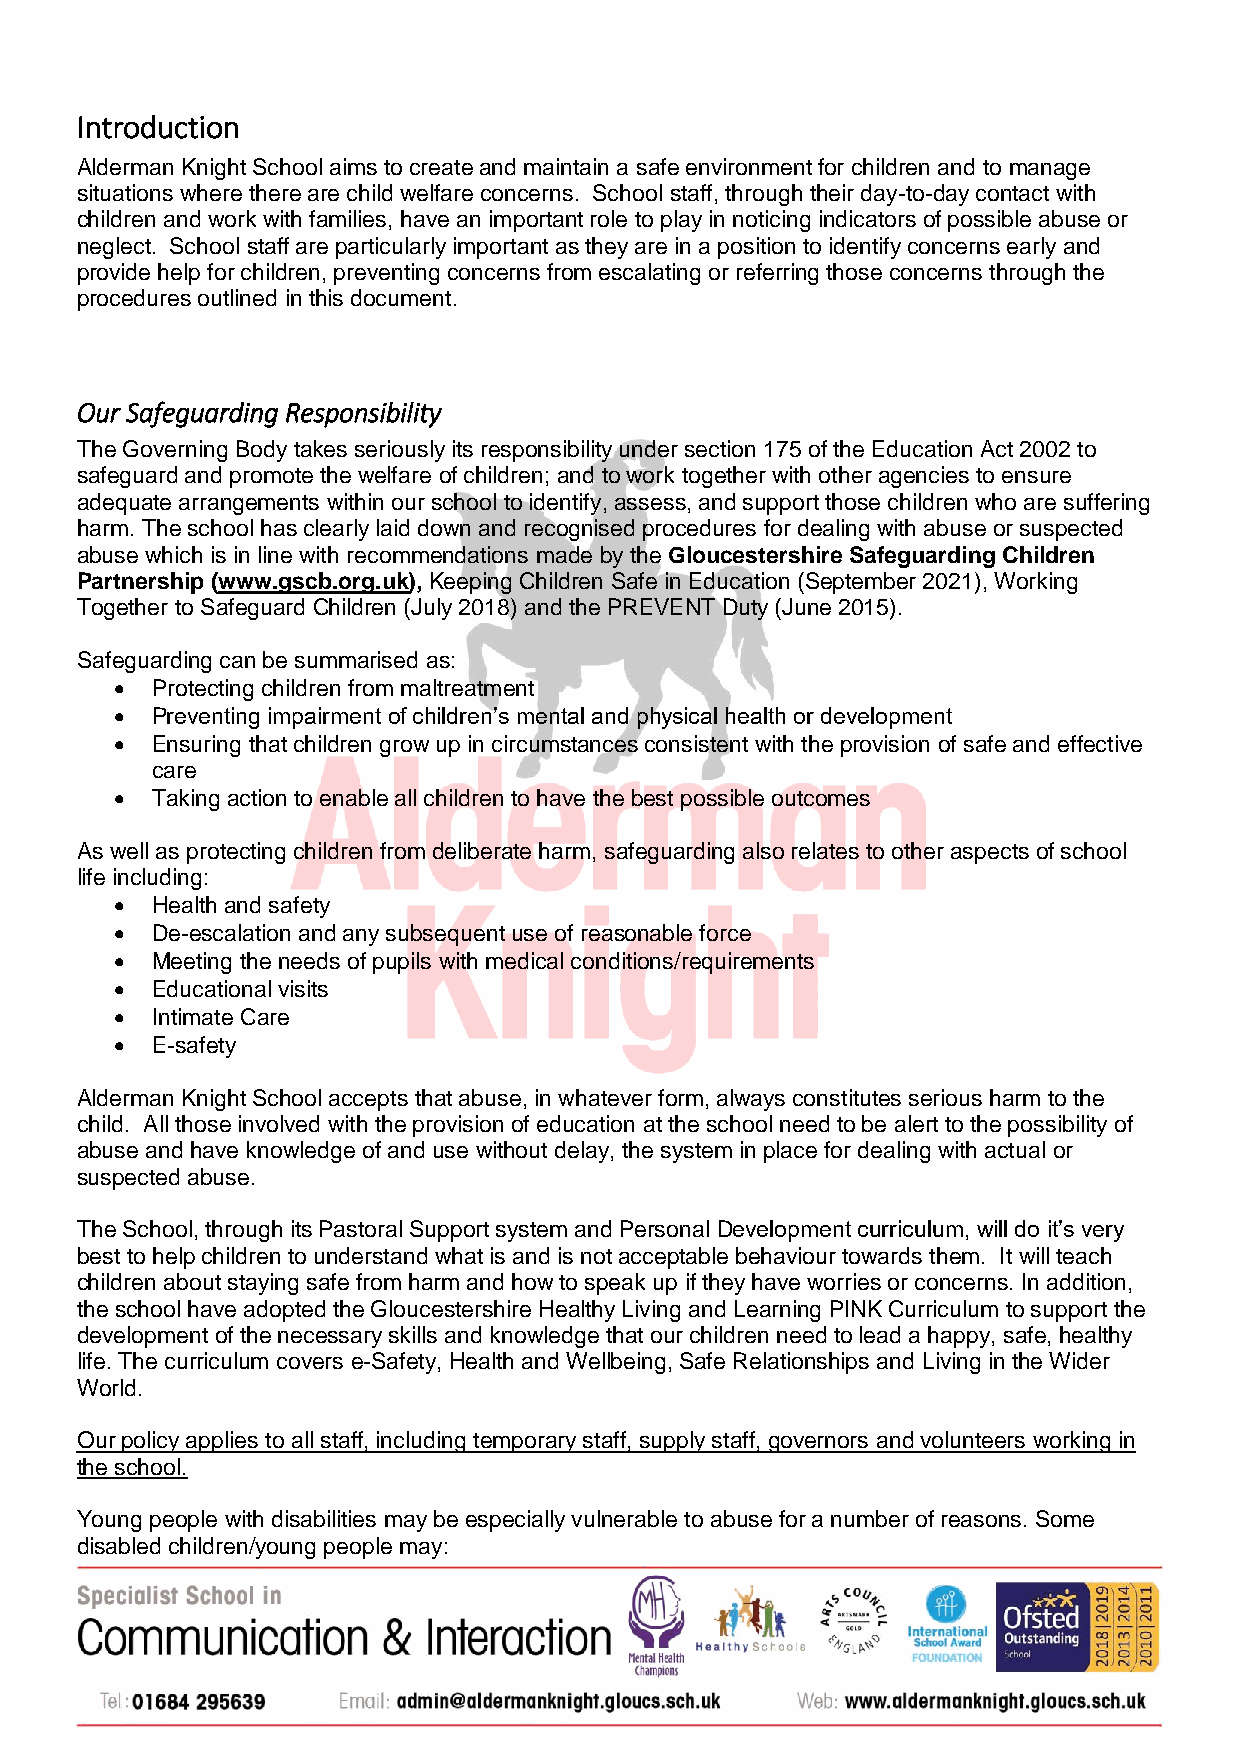
Introduction
 Alderman Knight School aims to create and maintain a safe environment for children and to manage
 situations where there are child welfare concerns. School staff, through their day-to-day contact with
 children and work with families, have an important role to play in noticing indicators of possible abuse or
 neglect. School staff are particularly important as they are in a position to identify concerns early and
 provide help for children, preventing concerns from escalating or referring those concerns through the
 procedures outlined in this document.
 Our Safeguarding Responsibility
 The Governing Body takes seriously its responsibility under section 175 of the Education Act 2002 to
 safeguard and promote the welfare of children; and to work together with other agencies to ensure
 adequate arrangements within our school to identify, assess, and support those children who are suffering
 harm. The school has clearly laid down and recognised procedures for dealing with abuse or suspected
 abuse which is in line with recommendations made by the Gloucestershire Safeguarding Children
 Partnership (www.gscb.org.uk), Keeping Children Safe in Education (September 2021), Working
 Together to Safeguard Children (July 2018) and the PREVENT Duty (June 2015).
 Safeguarding can be summarised as:
  Protecting children from maltreatment
  Preventing impairment of children’s mental and physical health or development
  Ensuring that children grow up in circumstances consistent with the provision of safe and effective
 care
  Taking action to enable all children to have the best possible outcomes
 As well as protecting children from deliberate harm, safeguarding also relates to other aspects of school
 life including:
  Health and safety
  De-escalation and any subsequent use of reasonable force
  Meeting the needs of pupils with medical conditions/requirements
  Educational visits
  Intimate Care
  E-safety
 Alderman Knight School accepts that abuse, in whatever form, always constitutes serious harm to the
 child. All those involved with the provision of education at the school need to be alert to the possibility of
 abuse and have knowledge of and use without delay, the system in place for dealing with actual or
 suspected abuse.
 The School, through its Pastoral Support system and Personal Development curriculum, will do it’s very
 best to help children to understand what is and is not acceptable behaviour towards them. It will teach
 children about staying safe from harm and how to speak up if they have worries or concerns. In addition,
 the school have adopted the Gloucestershire Healthy Living and Learning PINK Curriculum to support the
 development of the necessary skills and knowledge that our children need to lead a happy, safe, healthy
 life. The curriculum covers e-Safety, Health and Wellbeing, Safe Relationships and Living in the Wider
 World.
 Our policy applies to all staff, including temporary staff, supply staff, governors and volunteers working in
 the school.
 Young people with disabilities may be especially vulnerable to abuse for a number of reasons. Some
 disabled children/young people may: